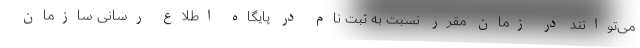
می‌توانند در زمان مقرر نسبت به ثبت نام در پایگاه اطلاع رسانی سازمان